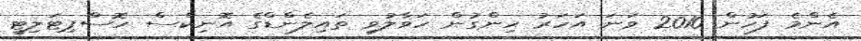
އެންމެ ފަހުން 2010 ވަނަ އަހަރު ހިންގުން ހަވާލުވި ތައިލެންޑްގެ އޮނިކްސް ހޮސްޕިޓަލިޓީ